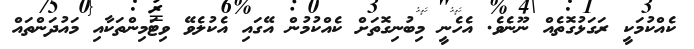
ކެއްކުމަކީ ރަގަޅުގޮތެއް ނޫނެވެ. އެހެނީ މިބުނިގޮތަށް ކެއްކުމުން އޭގައި އެކުލެވޭ ވިޓަމިންތަކާއި މައުދަންތައް